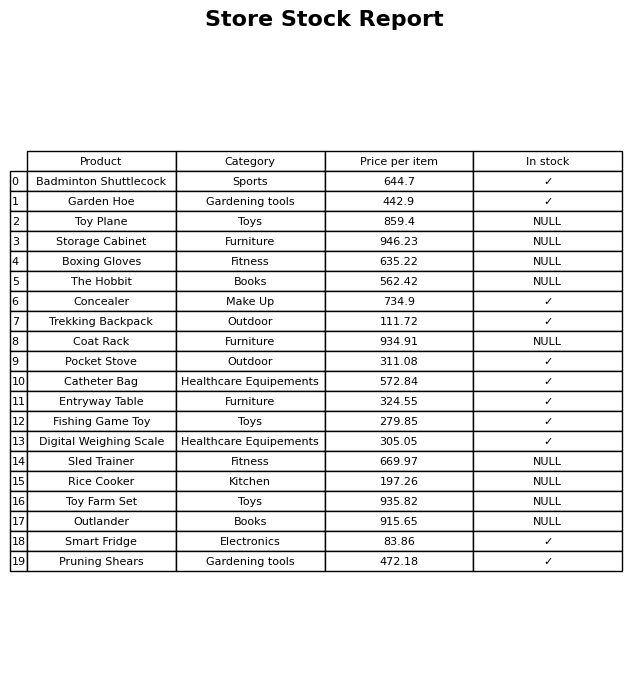
question: What is the price for Smart Fridge?
answer: The price of Smart Fridge is 83.86.